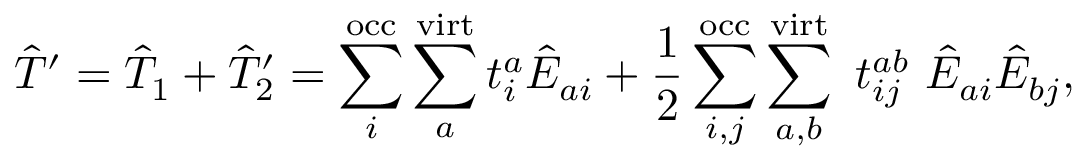
{ \hat { T } ^ { \prime } = \hat { T } _ { 1 } + \hat { T } _ { 2 } ^ { \prime } = \sum _ { i } ^ { \mathrm { o c c } } \sum _ { a } ^ { \mathrm { v i r t } } t _ { i } ^ { a } \hat { E } _ { a i } + \frac { 1 } { 2 } \sum _ { i , j } ^ { \mathrm { o c c } } \sum _ { a , b } ^ { \mathrm { v i r t } } ~ t _ { i j } ^ { a b } ~ \hat { E } _ { a i } \hat { E } _ { b j } } ,